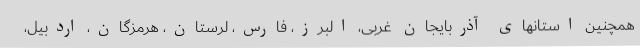
همچنین استانهای آذربایجان غربی، البرز، فارس، لرستان، هرمزگان، اردبیل،